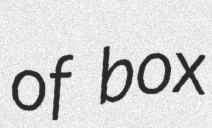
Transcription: of box